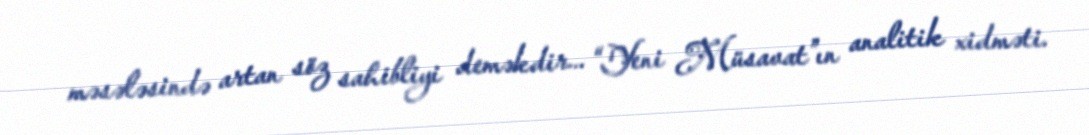
məsələsində artan söz sahibliyi deməkdir... “Yeni Müsavat”ın analitik xidməti.